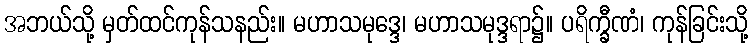
အဘယ်သို့ မှတ်ထင်ကုန်သနည်း။ မဟာသမုဒ္ဒေ၊ မဟာသမုဒ္ဒရာ၌။ ပရိက္ခီဏံ၊ ကုန်ခြင်းသို့